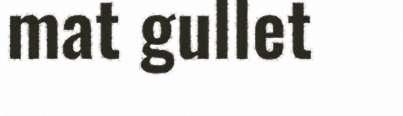
mat gullet